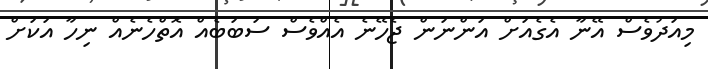
މިއަދުވެސް އޭނާ އެގެއަށް އަންނަން ޖެހޭނެ އެއްވެސް ސަބަބެއް އޮތްހެނެއް ނިހާ އަކަށް